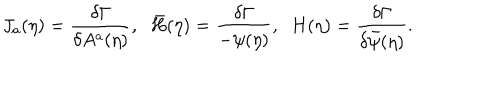
LaTeX: J _ { a } ( \eta ) = \frac { \delta \Gamma } { \delta A ^ { a } ( \eta ) } , \; \; \bar { H } ( \eta ) = \frac { \delta \Gamma } { - \psi ( \eta ) } , \; \; H ( \eta ) = \frac { \delta \Gamma } { \delta \bar { \psi } ( \eta ) } .